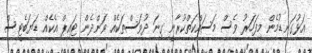
އަޅުގަނޑުމެން މިފަހަރު ވެސް މަސައްކަތްކުރާނީ ގިނަ ދުވަސްތަކެއް ވަންދެން ޓައިޕް އެކެއް ޑަޔަބެޓީސް